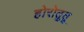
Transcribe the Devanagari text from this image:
होरोतुतु